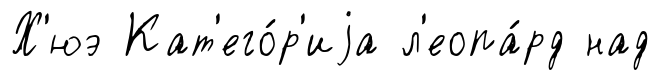
Х'юэ Кат'его́р'иjа л'еопа́рд над